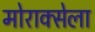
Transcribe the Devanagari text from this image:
मोराक्सेला